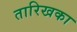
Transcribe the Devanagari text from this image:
तारिखका